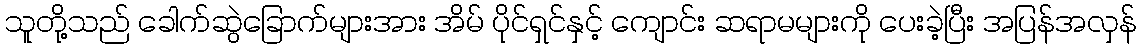
သူတို့သည် ခေါက်ဆွဲခြောက်များအား အိမ် ပိုင်ရှင်နှင့် ကျောင်း ဆရာမများကို ပေးခဲ့ပြီး အပြန်အလှန်